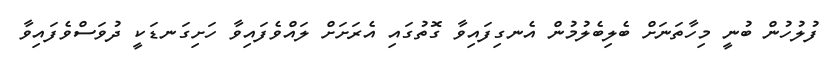
ފުލުހުން ބުނީ މިހާތަނަށް ބެލިބެލުމުން އެނގިފައިވާ ގޮތުގައި އެރަށަށް ލައްވެފައިވާ ހަށިގަނޑަކީ ދުވަސްވެފައިވާ